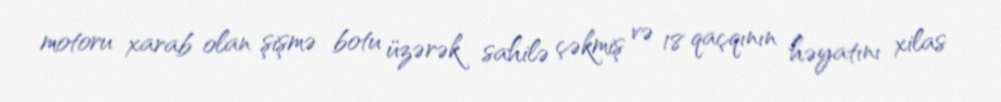
motoru xarab olan şişmə botu üzərək sahilə çəkmiş və 18 qaçqının həyatını xilas